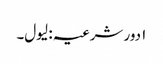
۱ دور شرعیہ : لیول۔